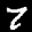
Label: 7